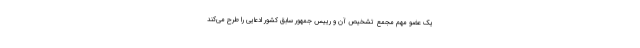
یک عضو مهم مجمع تشخیص آن و رییس جمهور سابق کشور ادعایی را طرح می‌کند